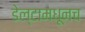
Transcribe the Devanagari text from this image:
डेल्टामधूनच